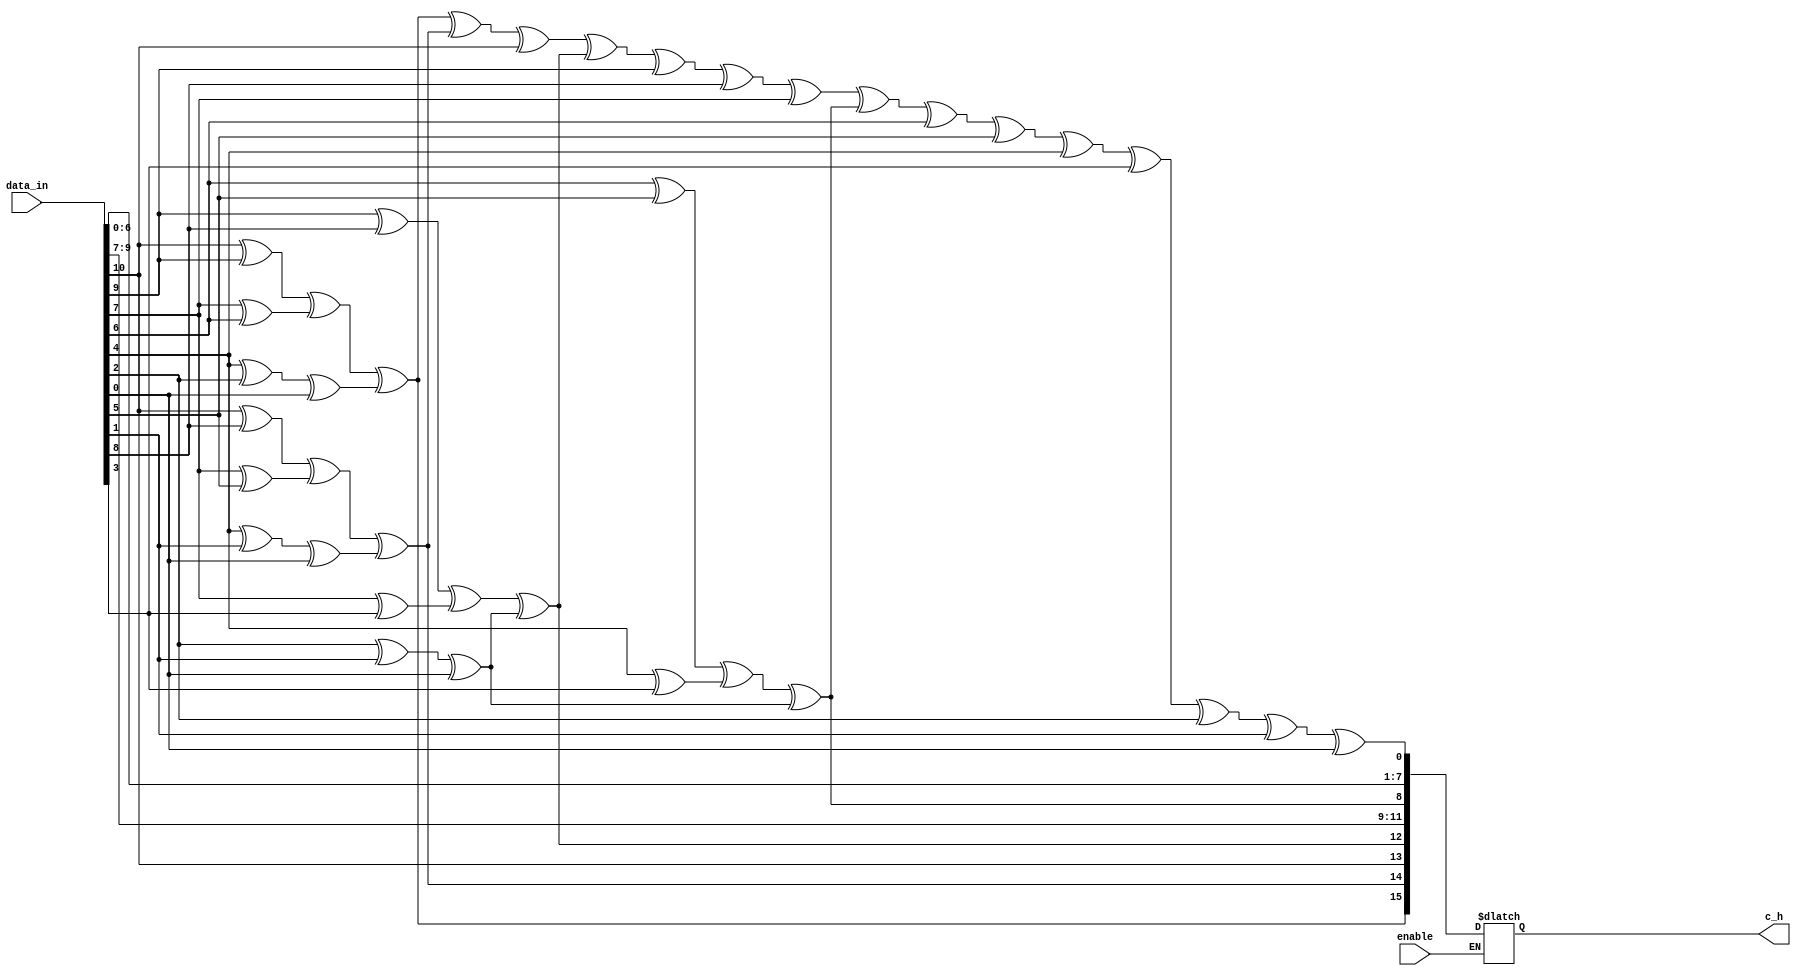
/*
 Hamming Encoder + bit paridade
 
 Autor: Ricardo Aguiar
 Data:  21/06/2019
 Descrio: Hamming Encoder(15,11) 
 
 Cdigo de hamming  capaz de detectar e corrigir apenas um bit errado.
 A extenso de hamming apresentado no cdigo abaixo utiliza a codificao
 de hamming + bit de paridade.
 
 INPUT/OUTPUT
 - data_in: dados a ser codificada;
 - c_h: cdigo de hamming(c_h[0:14]) + 1 bit de paridade(c_h[15]);
 - enable: enable do sistema.

*/
module encoder_hamming(
    input wire [0:10] data_in,
    output reg [0:15] c_h,
	input wire enable
	);

  reg [3:0]p;
  reg bit_parity; //bit de paridade
 
  always @(*) begin
    if(enable == 1'b1) begin
     	p[0] = ((data_in[0] ^ data_in[1]) ^ (data_in[3] ^ data_in[4])) ^ ((data_in[6] ^ data_in[8]) ^ data_in[10]);  
      	p[1] = ((data_in[0] ^ data_in[2]) ^ (data_in[3] ^ data_in[5])) ^ ((data_in[6] ^ data_in[9]) ^ data_in[10]);
        p[2] = ((data_in[1] ^ data_in[2]) ^ (data_in[3] ^ data_in[7])) ^ ((data_in[8] ^ data_in[9]) ^ data_in[10]);
        p[3] = ((data_in[4] ^ data_in[5]) ^ (data_in[6] ^ data_in[7])) ^ ((data_in[8] ^ data_in[9]) ^ data_in[10]);
    
    
    	c_h[0] = p[0];
    	c_h[1] = p[1];
    	c_h[2] = data_in[0];
    	c_h[3] = p[2];
    	c_h[4] = data_in[1];
    	c_h[5] = data_in[2];
    	c_h[6] = data_in[3];
    	c_h[7] = p[3];
    	c_h[8] = data_in[4];
    	c_h[9] = data_in[5];
    	c_h[10] = data_in[6];
    	c_h[11] = data_in[7];
    	c_h[12] = data_in[8];
    	c_h[13] = data_in[9];
    	c_h[14] = data_in[10];
      	
      	bit_parity =  c_h[0] ^ c_h[1] ^ c_h[2] ^ c_h[3] ^ c_h[4] ^ c_h[5] ^ c_h[6] ^ c_h[7] ^ c_h[8] ^ c_h[9] ^ c_h[10] ^ c_h[11] ^ c_h[12] ^ c_h[13] ^ c_h[14]; 
      	
        c_h[15] = bit_parity; // bit de paridade
      	
    end
  end

endmodule